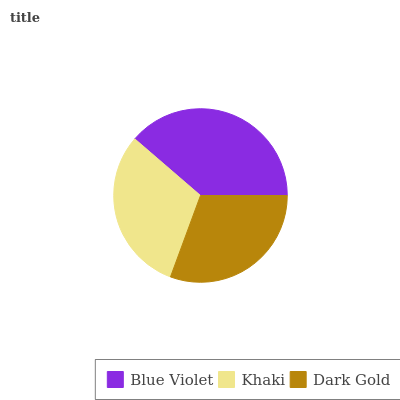
| Blue Violet | Khaki | Dark Gold |
 | --- | --- | --- |
 | 38.7% | 30.7% | 30.6% |